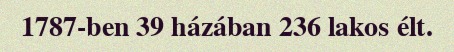
1787-ben 39 házában 236 lakos élt.